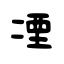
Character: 凐